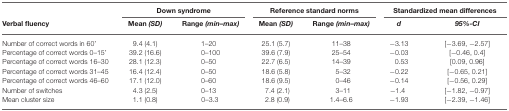
<table><thead><tr><td></td><td colspan="2"><b>Down syndrome</b></td><td colspan="2"><b>Reference standard norms</b></td><td colspan="2"><b>Standardized mean differences</b></td></tr><tr><td><b>Verbal fluency</b></td><td><b>Mean <i>(SD)</i></b></td><td><b>Range <i>(min–max)</i></b></td><td><b>Mean <i>(SD)</i></b></td><td><b>Range <i>(min–max)</i></b></td><td><b><i>d</i></b></td><td><b><i>95%-CI</i></b></td></tr></thead><tbody><tr><td>Number of correct words in 60’</td><td>9.4 (4.1)</td><td>1–20</td><td>25.1 (5.7)</td><td>11–38</td><td>−3.13</td><td>[−3.69, −2.57]</td></tr><tr><td>Percentage of correct words 0–15’</td><td>39.2 (16.6)</td><td>0–100</td><td>39.6 (7.9)</td><td>25–54</td><td>−0.03</td><td>[−0.46, 0.4]</td></tr><tr><td>Percentage of correct words 16–30</td><td>28.1 (12.3)</td><td>0–50</td><td>22.7 (6.5)</td><td>14–39</td><td>0.53</td><td>[0.09, 0.96]</td></tr><tr><td>Percentage of correct words 31–45</td><td>16.4 (12.4)</td><td>0–50</td><td>18.6 (5.8)</td><td>5–32</td><td>−0.22</td><td>[−0.65, 0.21]</td></tr><tr><td>Percentage of correct words 46–60</td><td>17.1 (12.0)</td><td>0–60</td><td>18.6 (9.5)</td><td>0–46</td><td>−0.14</td><td>[−0.56, 0.29]</td></tr><tr><td>Number of switches</td><td>4.3 (2.5)</td><td>0–13</td><td>7.4 (2.1)</td><td>3–11</td><td>−1.4</td><td>[−1.82, −0.97]</td></tr><tr><td>Mean cluster size</td><td>1.1 (0.8)</td><td>0–3.3</td><td>2.8 (0.9)</td><td>1.4–6.6</td><td>−1.93</td><td>[−2.39, −1.46]</td></tr></tbody></table>